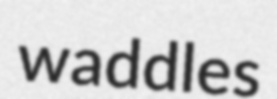
waddles